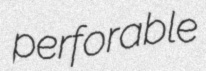
perforable